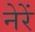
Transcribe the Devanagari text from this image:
नेरें